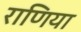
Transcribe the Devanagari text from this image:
राणिया